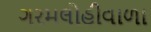
ગરમલોહીવાળા